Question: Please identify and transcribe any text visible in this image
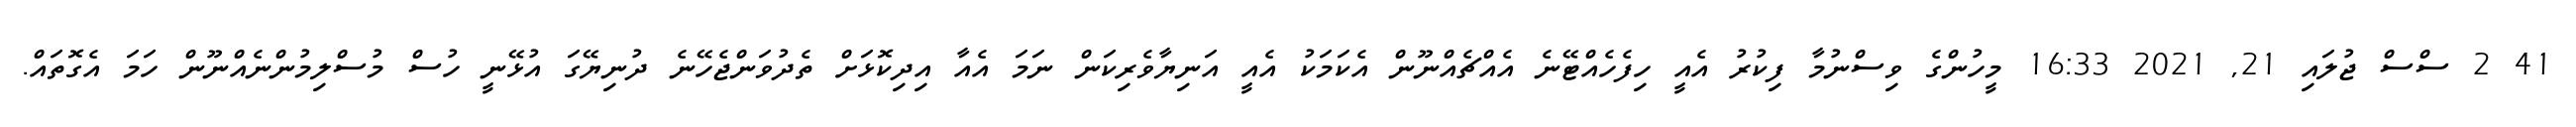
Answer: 41 2 ސްސް ޖުލައި 21, 2021 16:33 މީހުންގެ ވިސްނުމާ ފިކުރު އެއީ ހިފެހެއްޓޭނެ އެއްޗެއްނޫން އެކަމަކު އެއީ އަނިޔާވެރިކަން ނަމަ އެއާ އިދިކޮޅަށް ތެދުވަންޖެހޭނެ ދުނިޔޭގަ އުޅޭނީ ހުސް މުސްލިމުންނެއްނޫން ހަމަ އެގޮތައް.